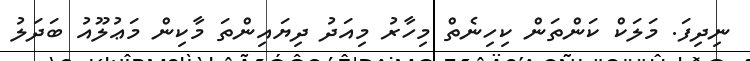
ނިދިފަ. މަލަކް ކަންތަން ކިހިނެތް މިހާރު މިއަދު ދިޔައިންތަ މާކިން މަޢުލޫއު ބަދަލު